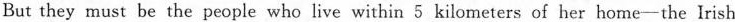
But they must be the people who live within 5 kilometers of her home-the Irish